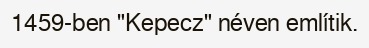
1459-ben "Kepecz" néven említik.